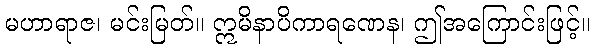
မဟာရာဇ၊ မင်းမြတ်။ ဣမိနာပိကာရဏေန၊ ဤအကြောင်းဖြင့်။